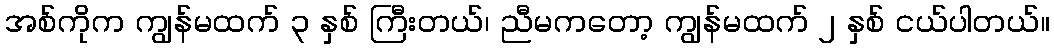
အစ်ကိုက ကျွန်မထက် ၃ နှစ် ကြီးတယ်၊ ညီမကတော့ ကျွန်မထက် ၂ နှစ် ငယ်ပါတယ်။